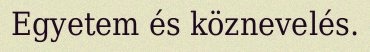
Egyetem és köznevelés.